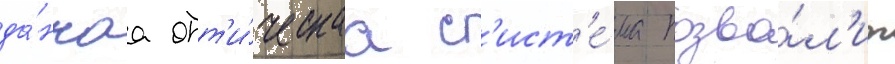
да́ннаа опт'и́ческаа с'ист'е́ма позво́л'ит